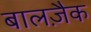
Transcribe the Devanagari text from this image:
बालज़ैक